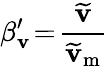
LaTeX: \beta_{\mathbf{v}}^{\prime}\! =\! \frac{{\widetilde{{\mathbf{v}}}}}{{\widetilde{{\mathbf{v}}}_{\mathrm{{m}}}}}